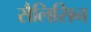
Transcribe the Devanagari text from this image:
सैलिसिन